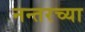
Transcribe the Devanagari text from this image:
नन्तरच्या